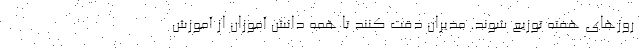
روزهای هفته توزیع شوند. مدیران دقت کنند تا همه دانش آموزان از آموزش